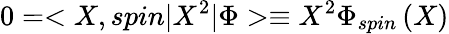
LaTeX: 0=<X,spin|X^{2}|\Phi>\equiv X^{2}\Phi_{spin}\left(X\right)